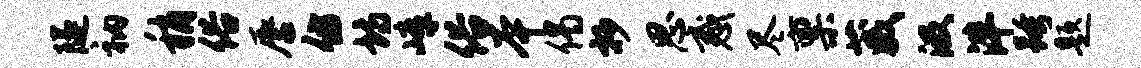
隧衲稍俗唇仿诗嶂俗本偈抄思惑尽禀葳汲泮跨题